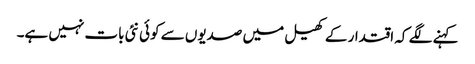
کہنے لگے کہ اقتدار کے کھیل میں صدیوں سے کوئی نئی بات نہیں ہے۔